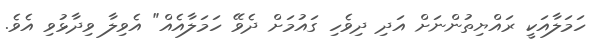
ހަމަލާއަކީ ރައްޔިތުންނަށް އަދި ދިވެހި ގައުމަށް ދެވޭ ހަމަލާއެއް" އެވިލާ ވިދާޅުވި އެވެ.